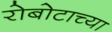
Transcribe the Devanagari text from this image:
रोबोटाच्या